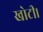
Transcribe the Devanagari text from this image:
खोटी।